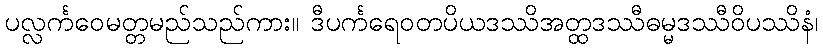
ပလ္လင်္ကဝေမတ္တမည်သည်ကား။ ဒီပင်္ကရေဝတပိယဒဿိအတ္ထဒဿီဓမ္မဒဿီဝိပဿိနံ၊